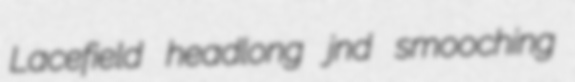
Lacefield headlong jnd smooching